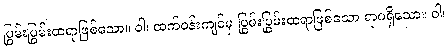
ပြွမ်းပြွမ်းထရာဖြစ်သော။ ဝါ၊ ထက်ဝန်းကျင်မှ ပြွမ်းပြွမ်းထရာဖြစ်သော ရာဂရှိသော။ ဝါ၊